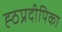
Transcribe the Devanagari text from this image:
ह्ठप्रदीपिका